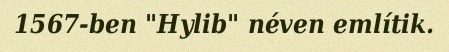
1567-ben "Hylib" néven említik.